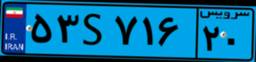
۵۳S۷۱۶۲۰